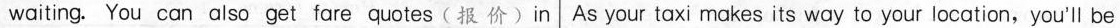
waiting. You can also get fare quotes (报 价)in As your taxi makes its way to your location, you'll be